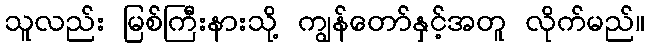
သူလည်း မြစ်ကြီးနားသို့ ကျွန်တော်နှင့်အတူ လိုက်မည်။